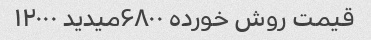
قیمت روش خورده ۶۸۰۰میدید ۱۲۰۰۰